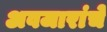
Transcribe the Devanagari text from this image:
अवजारांचे